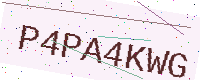
Text: P4PA4KWG